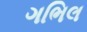
ગભિલ